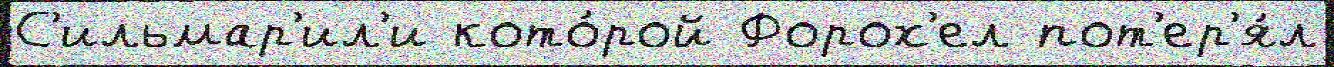
С'ильмар'ил'и кото́рой Форох'ел пот'ер'я́л